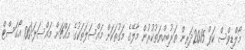
މޯލްޑިވްސް ކަޕް 2015ދަރިން ތަރުބިއްޔަތުކުރުން މާލޭގެ މަގުތަކަށް މައްސަލަތަކުގެ މައްޗަށް މައްސަލަ!06 އޯގަސްޓް